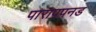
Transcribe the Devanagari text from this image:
पारापपनड